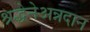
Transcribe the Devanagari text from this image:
श्रद्धेनेअन्नदान